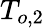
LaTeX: T_{o,2}